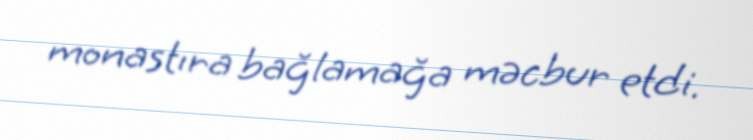
monastıra bağlamağa məcbur etdi.